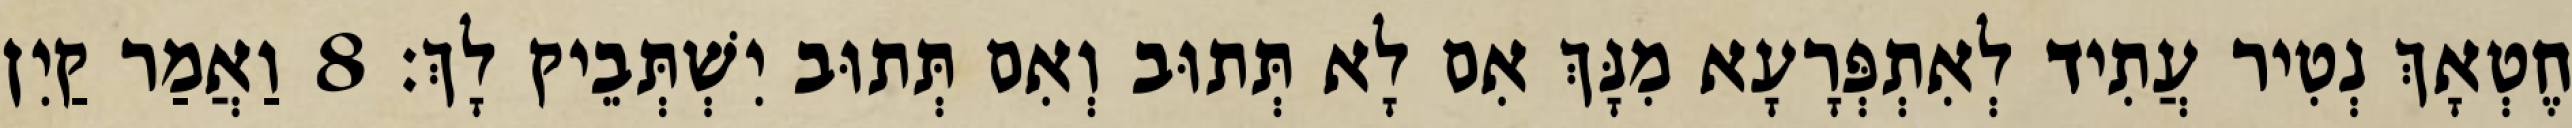
חֶטְאָךְ נְטִיר עֲתִיד לְאִתְפְּרָעָא מִנָּךְ אִם לָא תְּתוּב וְאִם תְּתוּב יִשְׁתְּבֵיק לָךְ׃ 8 וַאֲמַר קַיִן